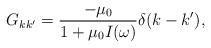
LaTeX: \begin{align*}G_{kk'}=\frac{-\mu_{0}}{1+\mu_{0}I(\omega)}\delta(k-k'),\end{align*}